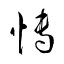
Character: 慱